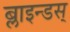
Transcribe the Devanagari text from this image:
ब्लाइन्डस्